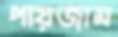
পায়জাম